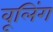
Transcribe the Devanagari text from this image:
वूलिंग